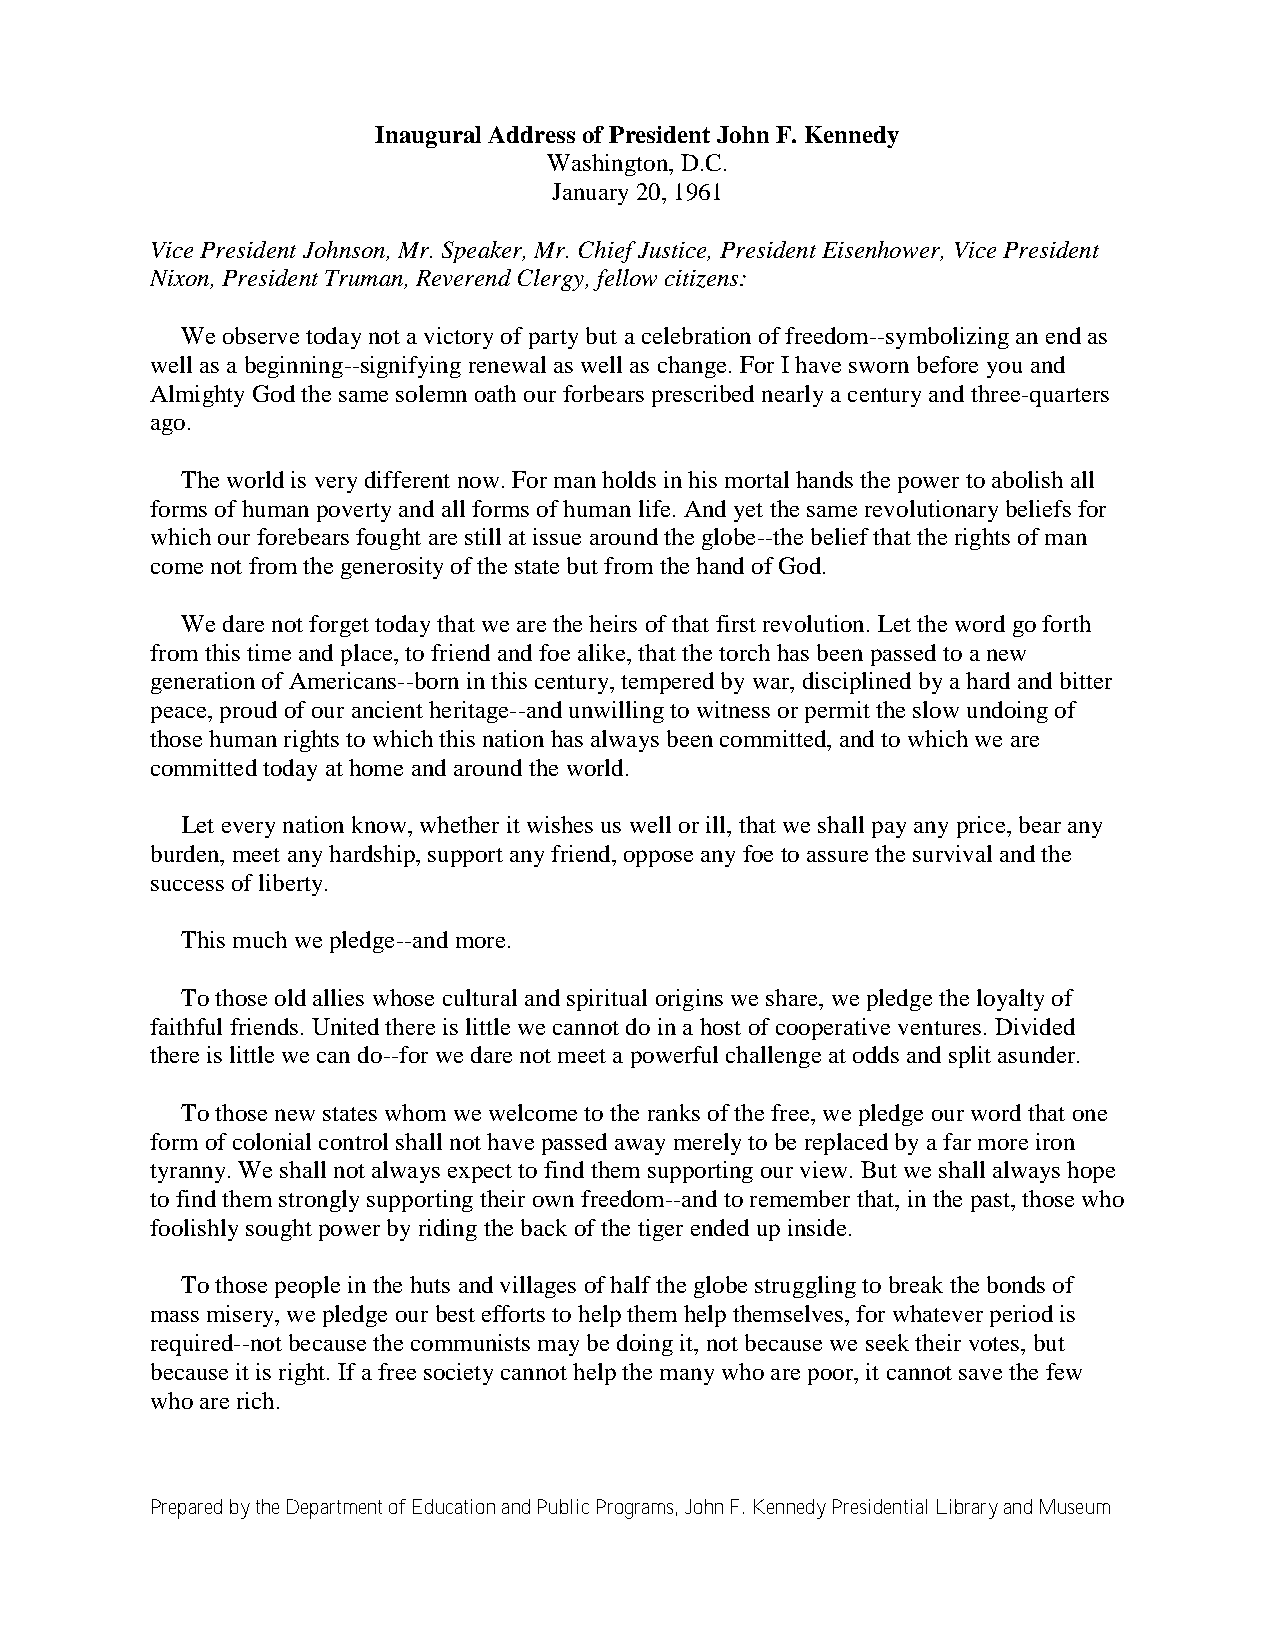
Inaugural Address of President John F. Kennedy
 Washington, D.C.
 January 20, 1961
 Vice President Johnson, Mr. Speaker, Mr. Chief Justice, President Eisenhower, Vice President
 Nixon, President Truman, Reverend Clergy, fellow citizens:
 We observe today not a victory of party but a celebration of freedom--symbolizing an end as
 well as a beginning--signifying renewal as well as change. For I have sworn before you and
 Almighty God the same solemn oath our forbears prescribed nearly a century and three-quarters
 ago.
 The world is very different now. For man holds in his mortal hands the power to abolish all
 forms of human poverty and all forms of human life. And yet the same revolutionary beliefs for
 which our forebears fought are still at issue around the globe--the belief that the rights of man
 come not from the generosity of the state but from the hand of God.
 We dare not forget today that we are the heirs of that first revolution. Let the word go forth
 from this time and place, to friend and foe alike, that the torch has been passed to a new
 generation of Americans--born in this century, tempered by war, disciplined by a hard and bitter
 peace, proud of our ancient heritage--and unwilling to witness or permit the slow undoing of
 those human rights to which this nation has always been committed, and to which we are
 committed today at home and around the world.
 Let every nation know, whether it wishes us well or ill, that we shall pay any price, bear any
 burden, meet any hardship, support any friend, oppose any foe to assure the survival and the
 success of liberty.
 This much we pledge--and more.
 To those old allies whose cultural and spiritual origins we share, we pledge the loyalty of
 faithful friends. United there is little we cannot do in a host of cooperative ventures. Divided
 there is little we can do--for we dare not meet a powerful challenge at odds and split asunder.
 To those new states whom we welcome to the ranks of the free, we pledge our word that one
 form of colonial control shall not have passed away merely to be replaced by a far more iron
 tyranny. We shall not always expect to find them supporting our view. But we shall always hope
 to find them strongly supporting their own freedom--and to remember that, in the past, those who
 foolishly sought power by riding the back of the tiger ended up inside.
 To those people in the huts and villages of half the globe struggling to break the bonds of
 mass misery, we pledge our best efforts to help them help themselves, for whatever period is
 required--not because the communists may be doing it, not because we seek their votes, but
 because it is right. If a free society cannot help the many who are poor, it cannot save the few
 who are rich.
 Prepared by the Department of Education and Public Programs, John F. Kennedy Presidential Library and Museum